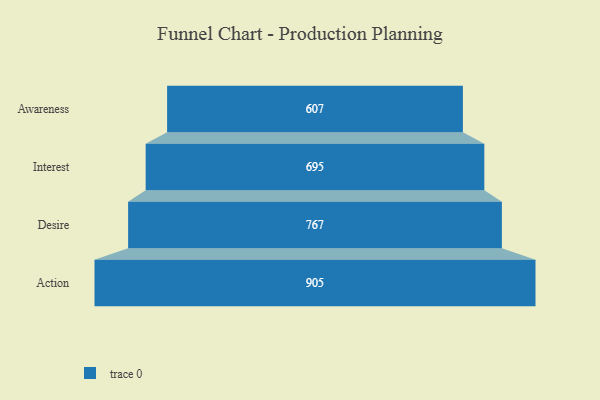
{"axis": {"x": "Stage", "y": "Value"}, "legend": [""], "data": [{"x": "Awareness", "y": 607.0, "type": ""}, {"x": "Interest", "y": 695.0, "type": ""}, {"x": "Desire", "y": 767.0, "type": ""}, {"x": "Action", "y": 905.0, "type": ""}]}